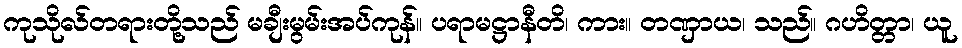
ကုသိုလ်တရားတို့သည် မချီးမွမ်းအပ်ကုန်။ ပရာမဋ္ဌာနီတိ၊ ကား။ တဏှာယ၊ သည်။ ဂဟိတ္တာ၊ ယူ